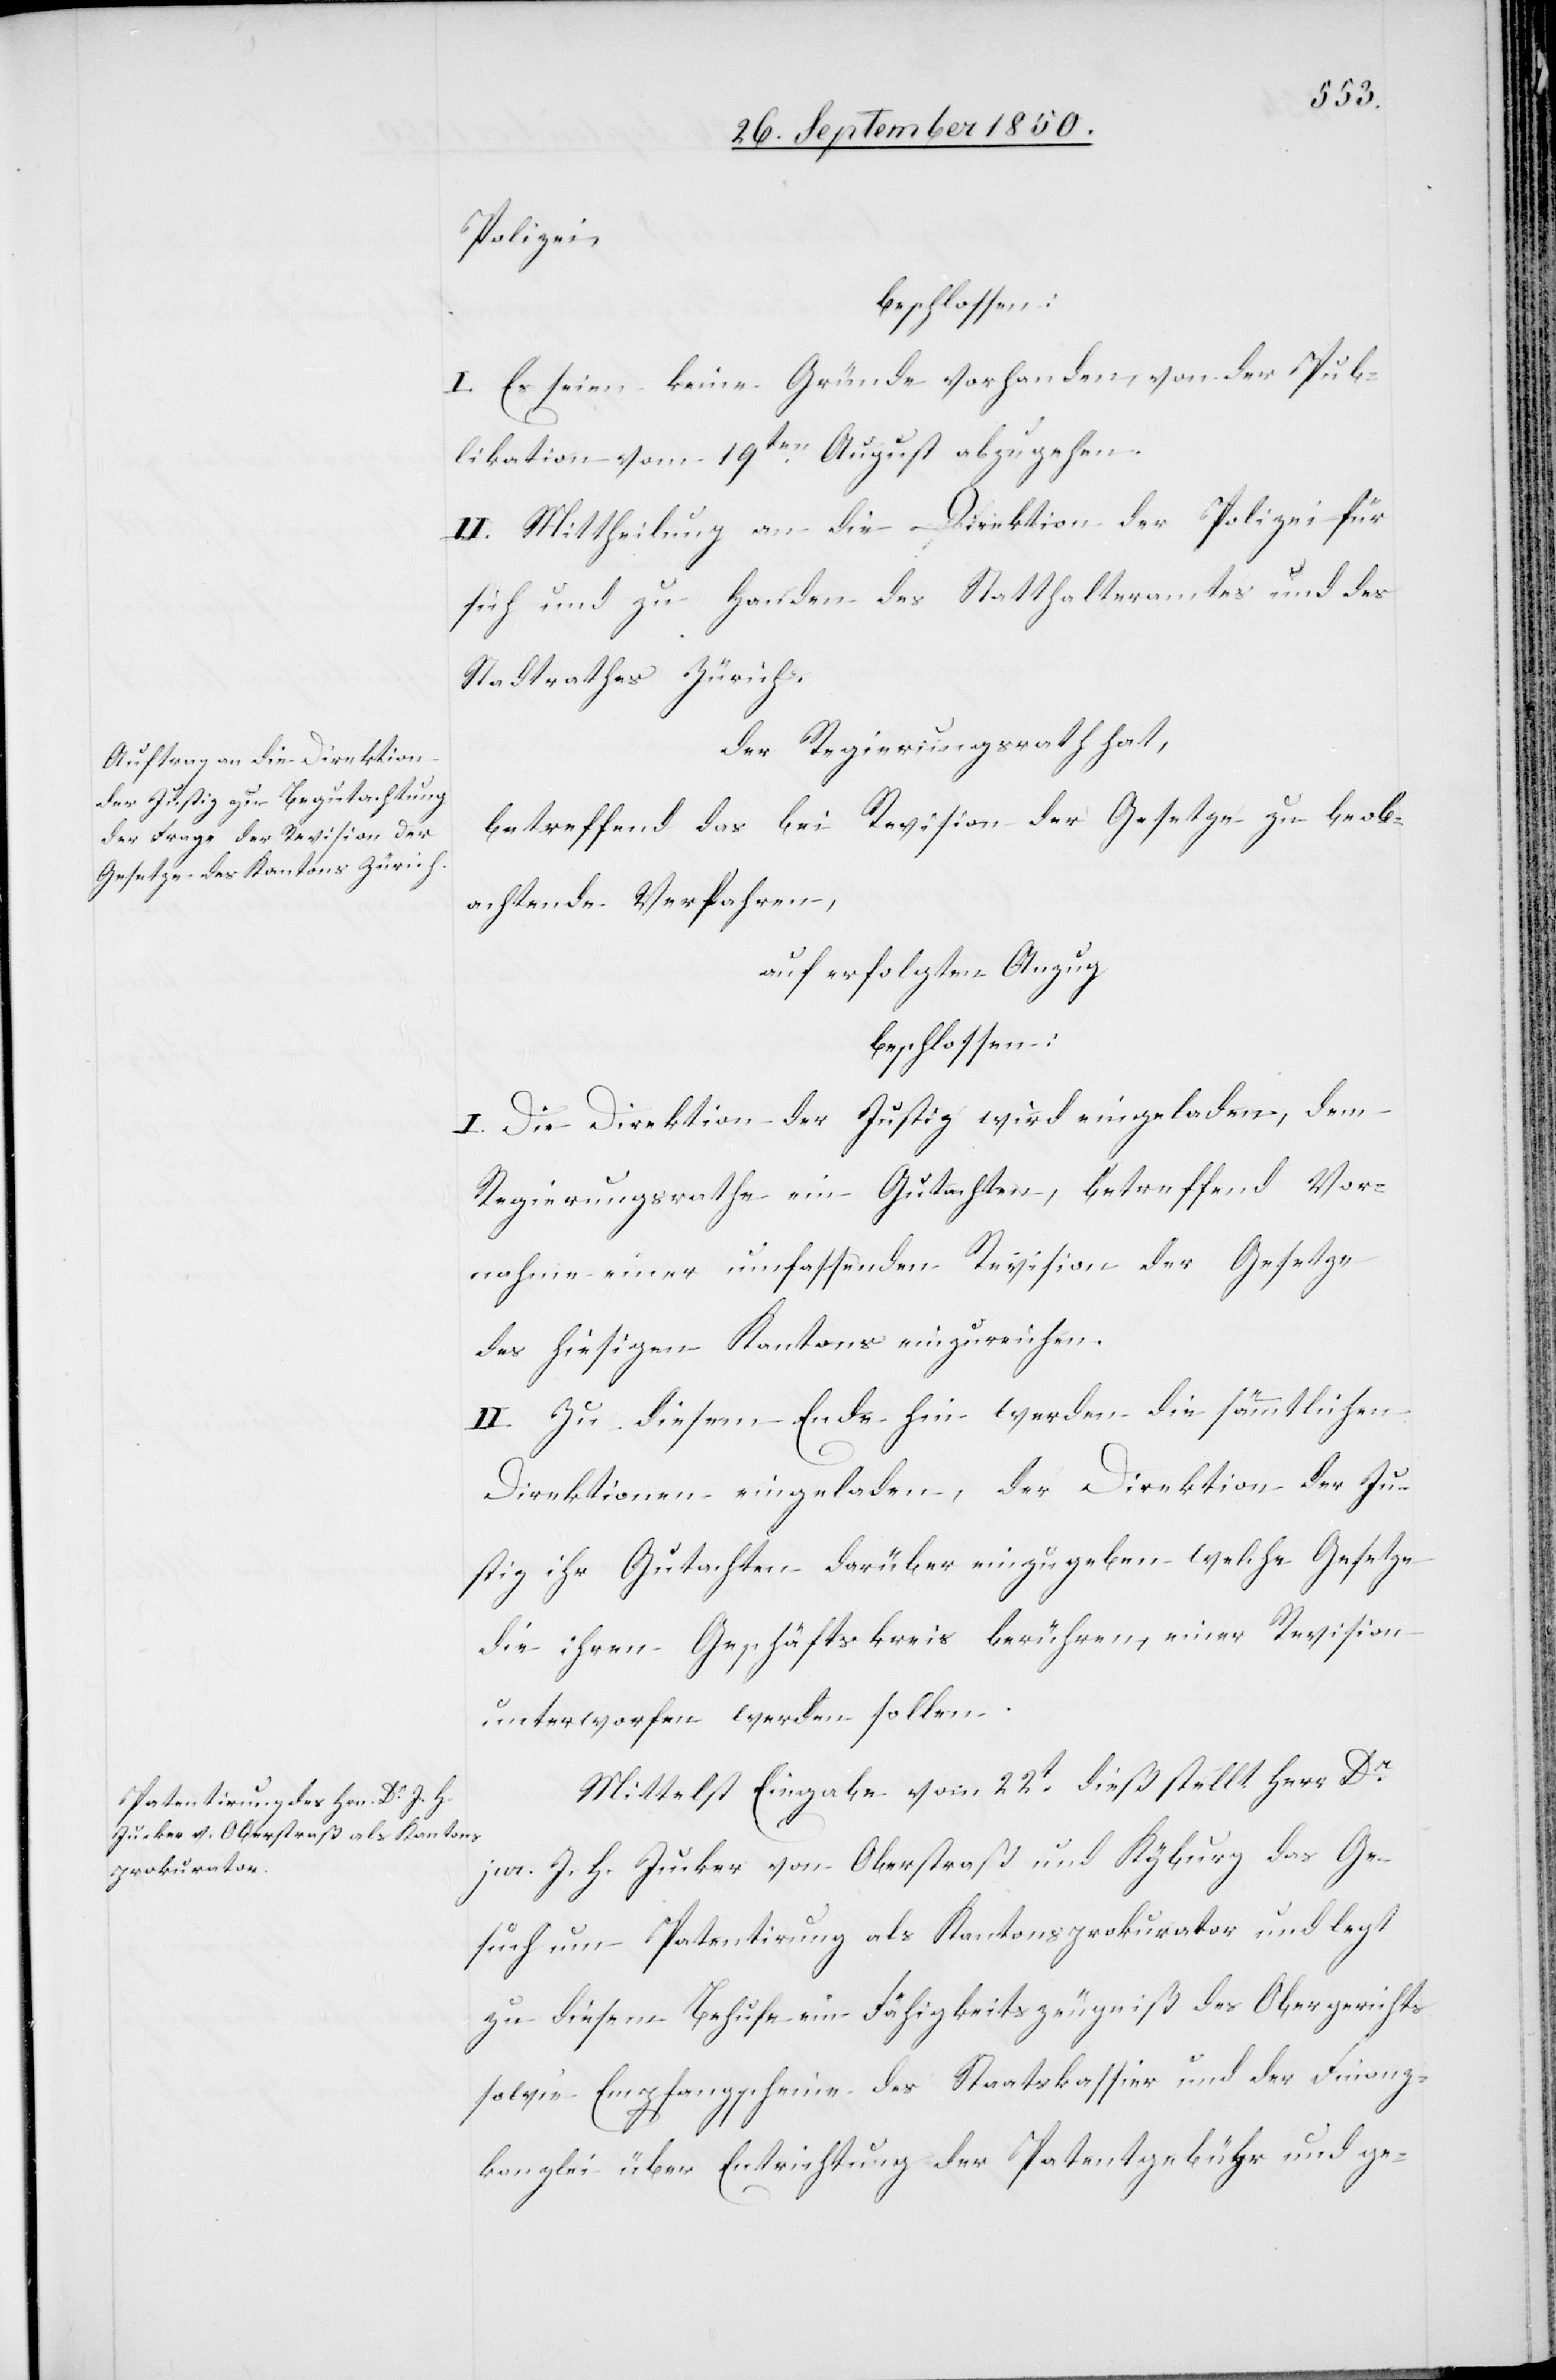
Polizei
beschlossen:
I. Es seien keine Gründe vorhanden, von der Pub¬
likation vom 19ten August abzugehen.
II. Mittheilung an die Direktion der Polizei für
sich und zu Handen des Statthalteramtes und des
Stadtrathes Zürich.
Der Regierungsrath hat,
betreffend das bei Revision der Gesetze zu beob¬
achtende Verfahren,
auf erfolgten Anzug
beschlossen:
I. Die Direktion der Justiz wird eingeladen, dem
Regierungsrathe ein Gutachten, betreffend Vor¬
nahme einer umfassenden Revision der Gesetze
des hiesigen Kantons einzureichen.
II. Zu diesem Ende hin werden die sämmtlichen
Direktionen eingeladen, der Direktion der Ju¬
stiz ihr Gutachten darüber einzugeben welche Gesetze
die ihren Geschäftskreis berühren, einer Revision
unterworfen werden sollen.
Mittelst Eingabe vom 22t dieß stellt Herr Dr
jur. J. H. Jucker von Oberstraß und Kyburg das Ge¬
such um Patentirung als Kantonsprokurator und legt
zu diesem Behufe ein Fähigkeitszeugniß des Obergerichts
sowie Empfangscheine des Staatskassier und der Finanz¬
kanzlei über Entrichtung der Patentgebühr und ge-